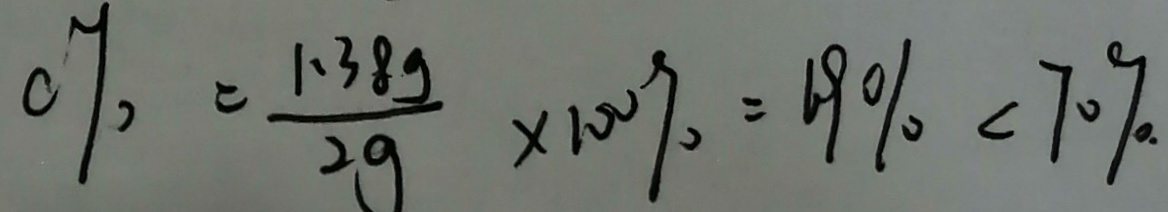
0 \% = \frac { 1 . 3 8 g } { 2 g } \times 1 0 0 \% = 6 9 0 \% < 7 0 \% .